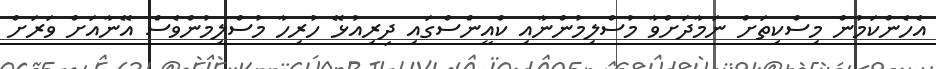
އެހެންކަމުން މިސްކިތަށް ނަމާދަށްވާ މުސްލިމުންނާއި ކްއީންސްގައި ދިރިއުޅޭ ހުރިހާ މުސްލިމުންވެސް އޭނާއަށް ވަރަށް